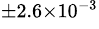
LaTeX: ^{\pm 2.6\times 10^{-3}}